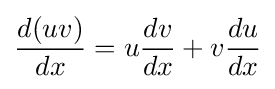
{\frac {d(uv)}{dx}}=u{\frac {dv}{dx}}+v{\frac {du}{dx}}